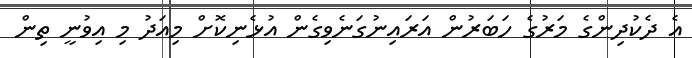
އެ ދެކުދިންގެ މަރުގެ ހަބަރުން އަރައިނުގަނެވިގެން އުޅެނިކޮށް މިއަދު މި އިވުނީ ތިން